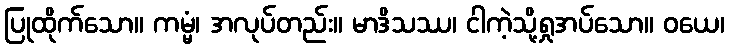
ပြုထိုက်သော။ ကမ္မံ၊ အလုပ်တည်း။ မာဒိသဿ၊ ငါကဲ့သို့ရှုအပ်သော။ ဝယေ၊